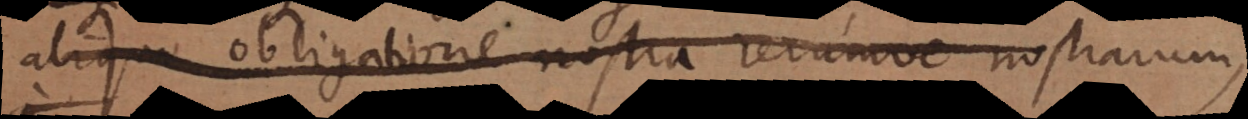
aliquo obligatione nostra rerumve nostrarum,